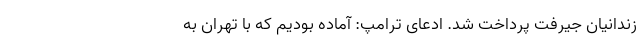
زندانیان جیرفت پرداخت شد. ادعای ترامپ: آماده بودیم که با تهران به